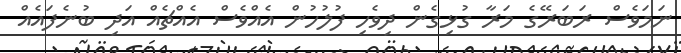
ނަމަވެސް ރަބަރޭގެ މަރާ ގުޅިގެން ދިވެހި ފުުލުހުން އެއްވެސް އެއްޗެއް އަދި ބުނެފައެއް